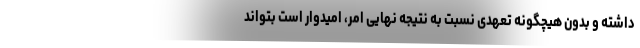
داشته و بدون هیچگونه تعهدی نسبت به نتیجه نهایی امر، امیدوار است بتواند